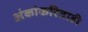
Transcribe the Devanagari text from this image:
अंकांकरिताही